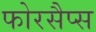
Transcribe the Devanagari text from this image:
फोरसैप्स